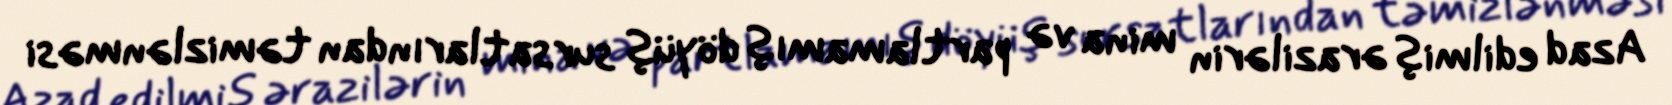
Azad edilmiş ərazilərin mina və partlamamış döyüş sursatlarından təmizlənməsi